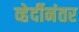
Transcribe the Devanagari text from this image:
व्हेर्दीनंतर